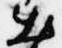
出